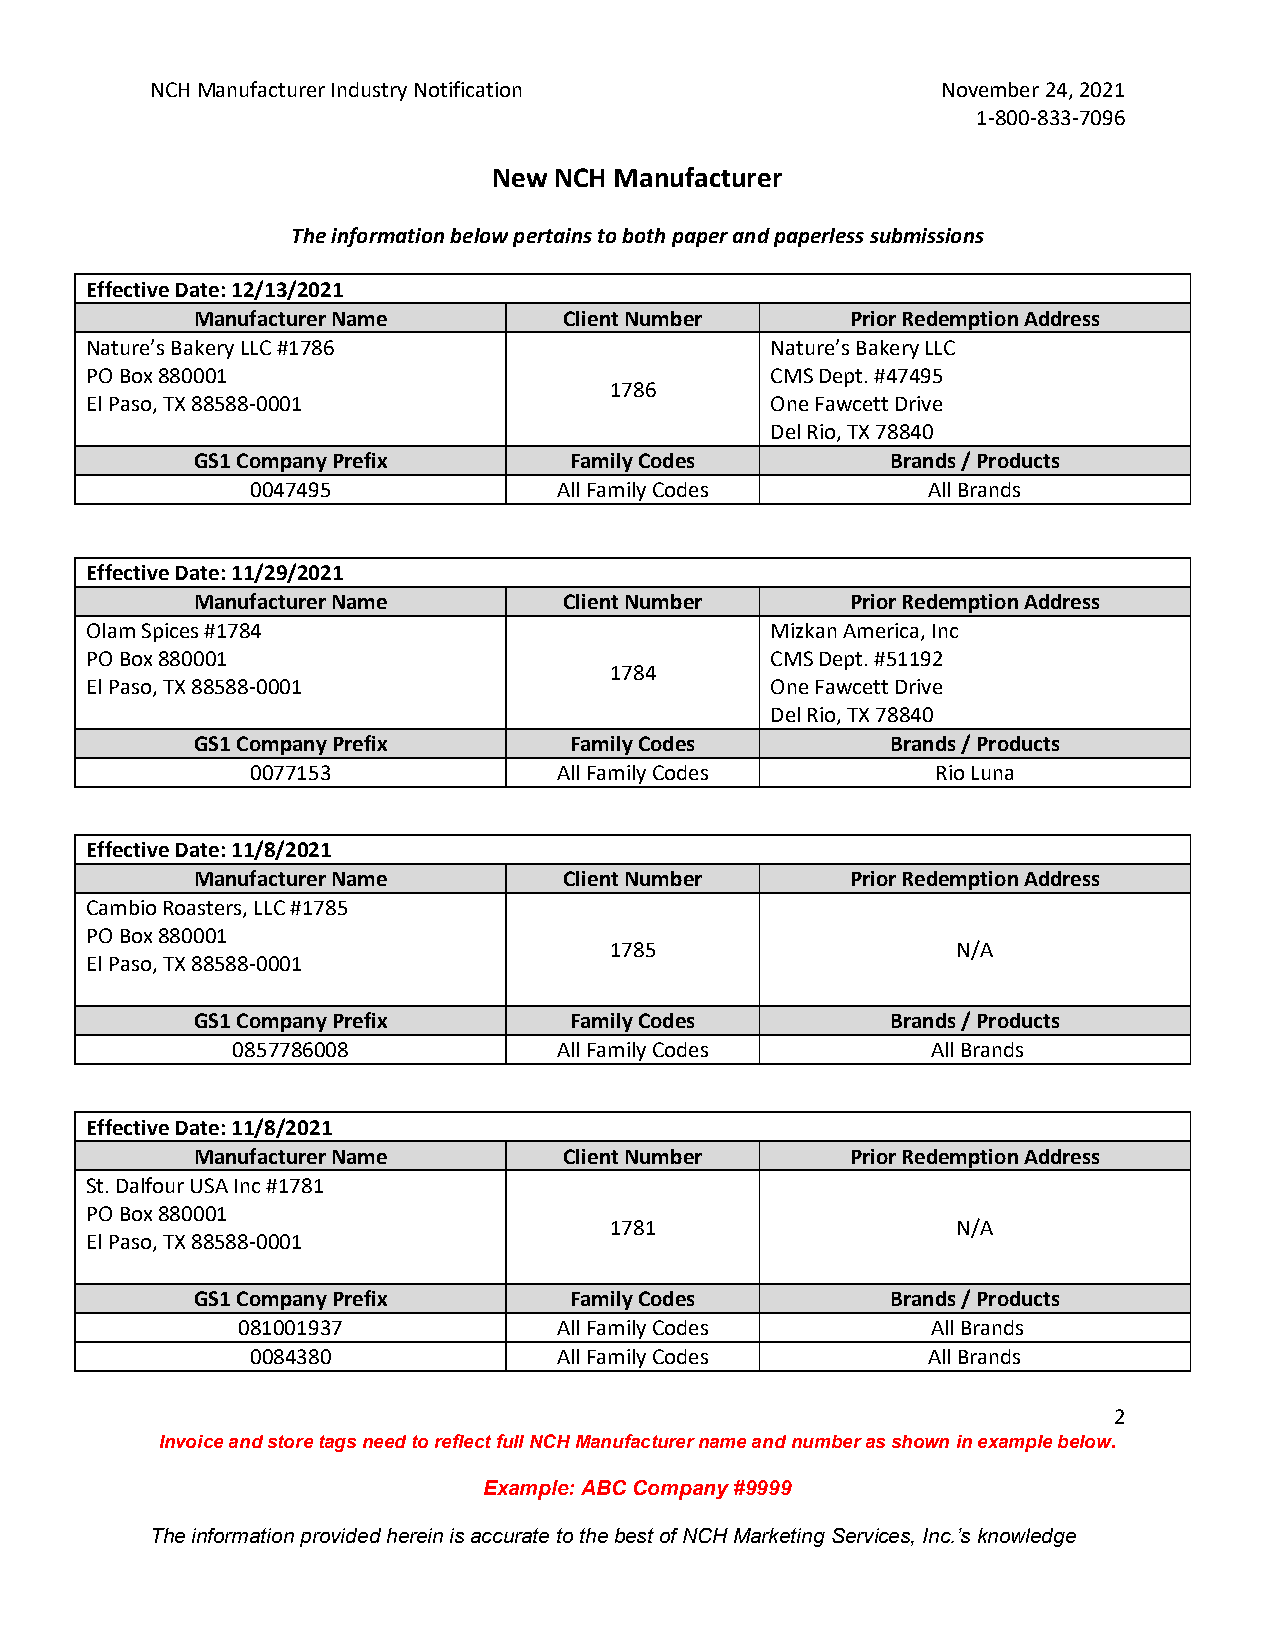
NCH Manufacturer Industry Notification              November 24, 2021
 1-800-833-7096
 New NCH Manufacturer
 The information below pertains to both paper and paperless submissions
 Effective Date: 12/13/2021
 Manufacturer Name       Client Number      Prior Redemption Address
 Nature’s Bakery LLC #1786                    Nature’s Bakery LLC
 PO Box 880001                                CMS Dept. #47495
 1786
 El Paso, TX 88588-0001                       One Fawcett Drive
 Del Rio, TX 78840
 GS1 Company Prefix       Family Codes         Brands / Products
 0047495             All Family Codes        All Brands
 Effective Date: 11/29/2021
 Manufacturer Name       Client Number      Prior Redemption Address
 Olam Spices #1784                            Mizkan America, Inc
 PO Box 880001                                CMS Dept. #51192
 1784
 El Paso, TX 88588-0001                       One Fawcett Drive
 Del Rio, TX 78840
 GS1 Company Prefix       Family Codes         Brands / Products
 0077153             All Family Codes         Rio Luna
 Effective Date: 11/8/2021
 Manufacturer Name       Client Number      Prior Redemption Address
 Cambio Roasters, LLC #1785
 PO Box 880001
 1785                   N/A
 El Paso, TX 88588-0001
 GS1 Company Prefix       Family Codes         Brands / Products
 0857786008            All Family Codes         All Brands
 Effective Date: 11/8/2021
 Manufacturer Name       Client Number      Prior Redemption Address
 St. Dalfour USA Inc #1781
 PO Box 880001
 1781                   N/A
 El Paso, TX 88588-0001
 GS1 Company Prefix       Family Codes         Brands / Products
 081001937            All Family Codes         All Brands
 0084380             All Family Codes        All Brands
 2
 Invoice and store tags need to reflect full NCH Manufacturer name and number as shown in example below.
 Example: ABC Company #9999
 The information provided herein is accurate to the best of NCH Marketing Services, Inc.’s knowledge